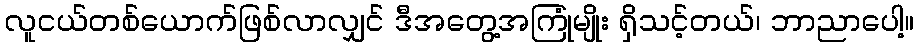
လူငယ်တစ်ယောက်ဖြစ်လာလျှင် ဒီအတွေ့အကြုံမျိုး ရှိသင့်တယ်၊ ဘာညာပေါ့။